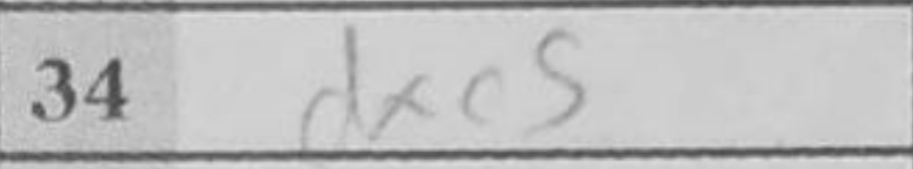
Transcription: dxe5